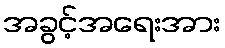
အခွင့်အရေးအား